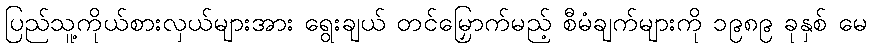
ပြည်သူ့ကိုယ်စားလှယ်များအား ရွေးချယ် တင်မြှောက်မည့် စီမံချက်များကို ၁၉၈၉ ခုနှစ် မေ